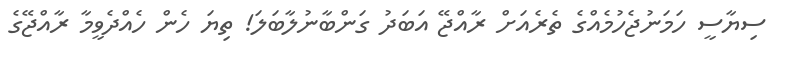
ސިޔާސީ ހަމަނުޖެހުމެއްގެ ތެރެއަށް ރާއްޖޭ އަބަދު ގަންބާނުލާބަލަ! ތިޔަ ހެން ހެއްދެވީމާ ރާއްޖޭގެ